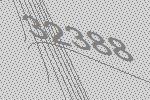
32388